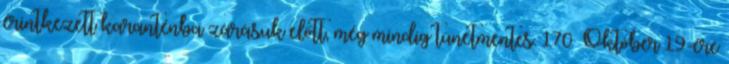
érintkezett karanténba zárásuk előtt, még mindig tünetmentes. 170 Október 19-ére